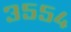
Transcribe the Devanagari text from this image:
३५५४